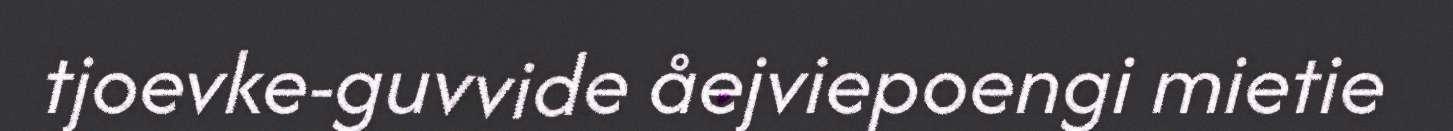
tjoevke-guvvide åejviepoengi mietie